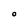
Character: O